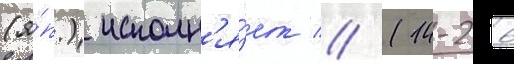
(я́п.) исполн'я́ет // (14-26